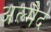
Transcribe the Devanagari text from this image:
अल्मैद